Investigations into the jail dietaries of the United Provinces with some observations on the influence of dietary on the physical development and well-being of the people of the United Provinces - Number 48
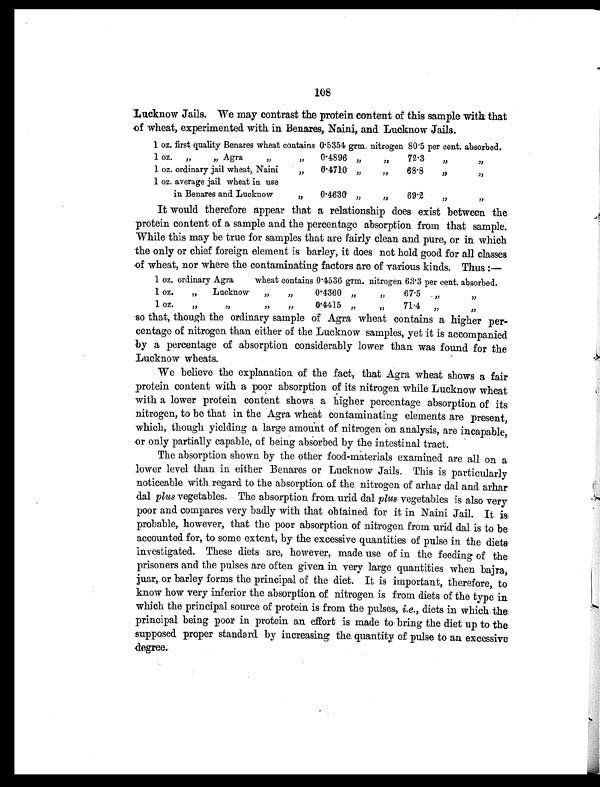
108
Lucknow Jails. We may contrast the protein content of this sample with that
of wheat, experimented with in Benares, Naini, and Lucknow Jails.
1 oz. first quality Benares wheat contains 0.5354 grm. nitrogen 80.5 per cent. absorbed.
1 oz. „ „ Agra
„ „
0.4896
„ „
72.3
„ „
1 oz. ordinary jail wheat, Naini
„
0.4710 „
„
68.8
„ „
1 oz. average jail wheat in use
in Benares and Lucknow
„
0.4630
„ „
69.2
„ „
It would therefore appear that a relationship does exist between the
protein content of a sample and the percentage absorption from that sample.
While this may be true for samples that are fairly clean and pure, or in which
the only or chief foreign element is barley, it does not hold good for all classes
of wheat, nor where the contaminating factors are of various kinds. Thus:—
1 oz. ordinary Agra
wheat contains 0.4536 grm. nitrogen 63.3 per cent. absorbed.
1 oz.
„
Lucknow „
„
0.4360 „
„
67.5
„ „
1 oz.
„ „ „ „
0.4415 „
„
71.4
„ „
so that, though the ordinary sample of Agra wheat contains a higher per-
centage of nitrogen than either of the Lucknow samples, yet it is accompanied
by a percentage of absorption considerably lower than was found for the
Lucknow wheats.
We believe the explanation of the fact, that Agra wheat shows a fair
protein content with a poor absorption of its nitrogen while Lucknow wheat
with a lower protein content shows a higher percentage absorption of its
nitrogen, to be that in the Agra wheat contaminating elements are present,
which, though yielding a large amount of nitrogen on analysis, are incapable,
or only partially capable, of being absorbed by the intestinal tract.
The absorption shown by the other food-materials examined are all on a
lower level than in either Benares or Lucknow Jails. This is particularly
noticeable with regard to the absorption of the nitrogen of arhar dal and arhar
dal plus vegetables. The absorption from urid dal plus vegetables is also very
poor and compares very badly with that obtained for it in Naini Jail. It is
probable, however, that the poor absorption of nitrogen from urid dal is to be
accounted for, to some extent, by the excessive quantities of pulse in the diets
investigated. These diets are, however, made use of in the feeding of the
prisoners and the pulses are often given in very large quantities when bajra,
juar, or barley forms the principal of the diet. It is important, therefore, to
know how very inferior the absorption of nitrogen is from diets of the type in
which the principal source of protein is from the pulses, i.e., diets in which the
principal being poor in protein an effort is made to bring the diet up to the
supposed proper standard by increasing the quantity of pulse to an excessive
degree.